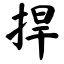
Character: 捍